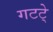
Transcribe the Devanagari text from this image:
गटटे्